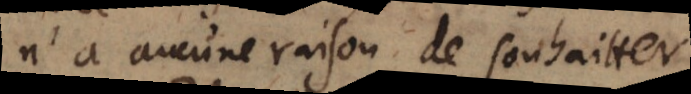
n’a aucune raison de souhaitter.